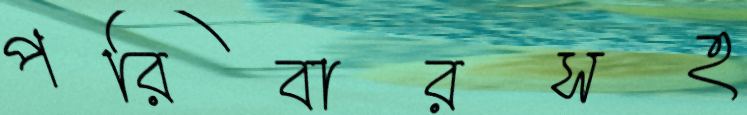
পরিবারসহ